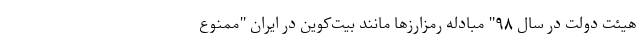
هیئت دولت در سال ۹۸" مبادله رمزارزها مانند بیت‌کوین در ایران "ممنوع